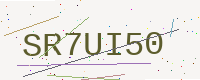
Text: SR7UI50